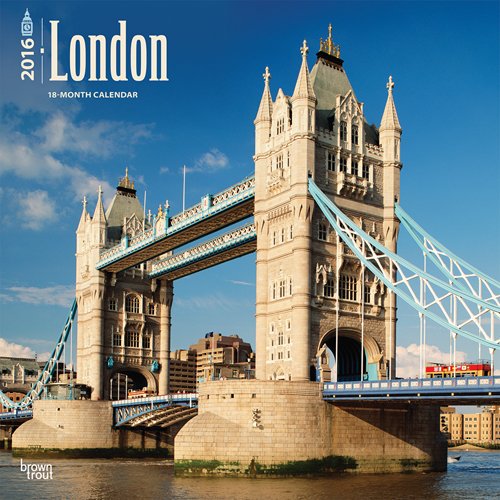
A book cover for London 2016 Square 12x12 (Multilingual Edition); Browntrout Publishers; Travel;